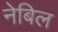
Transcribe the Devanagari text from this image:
नेबिल